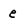
Character: e